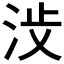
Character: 𪵺